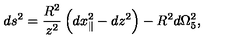
d s ^ { 2 } = \frac { R ^ { 2 } } { z ^ { 2 } } \left( d x _ { \parallel } ^ { 2 } - d z ^ { 2 } \right) - R ^ { 2 } d \Omega _ { 5 } ^ { 2 } ,